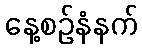
နေ့စဉ်နံနက်